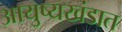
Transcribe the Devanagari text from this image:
आयुष्यखंडात